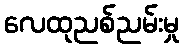
လေထုညစ်ညမ်းမှု